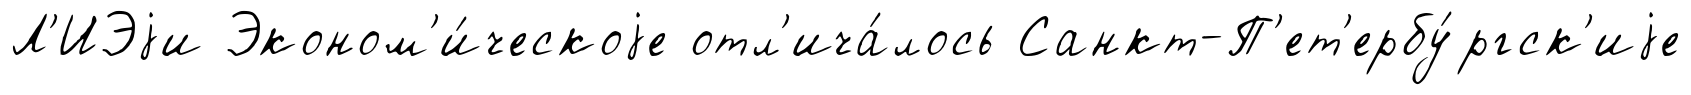
Л'ИЭjи Эконом'и́ческоjе отл'ича́лось Санкт-П'ет'ербу́ргск'иjе